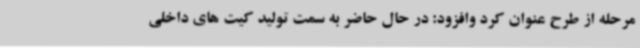
مرحله از طرح عنوان کرد وافزود: در حال حاضر به سمت تولید کیت های داخلی